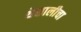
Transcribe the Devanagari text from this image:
थेसालीचा